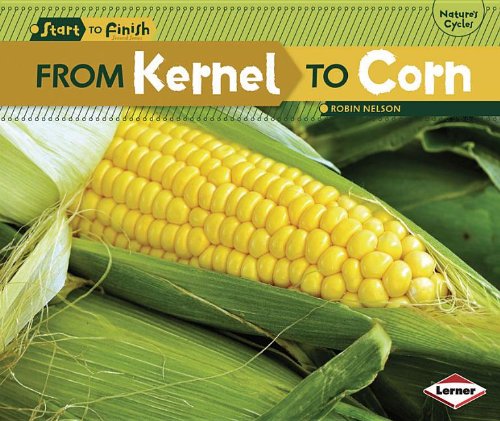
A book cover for From Kernel to Corn (Start to Finish, Second); Robin Nelson; Children's Books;